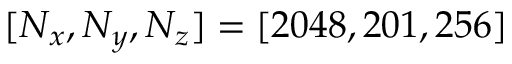
[ N _ { x } , N _ { y } , N _ { z } ] = [ 2 0 4 8 , 2 0 1 , 2 5 6 ]